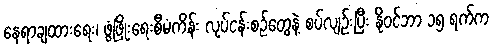
နေရာချထားရေး၊ ဖွံ့ဖြိုးရေးစီမံကိန်း လုပ်ငန်းစဉ်တွေနဲ့ စပ်လျဉ်းပြီး နိုဝင်ဘာ ၁၅ ရက်က